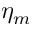
\eta _ { m }